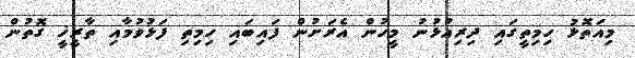
މިއަތޮޅު ހިމިތީގައި ދިރިއުޅުނު މީހުން އެރަށުން ފައިބައި ހިމިތި ފަޅުވުމާއި ތާރީޚީ ގޮތުން